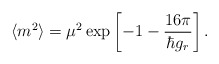
\begin{align*}\langle m^{2} \rangle = \mu^{2} \exp \left [ -1- \frac{{ 16 \pi}}{ \hbar g_{r} } \right ] .\end{align*}